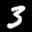
Label: 3